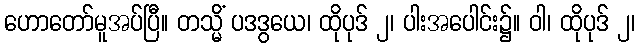
ဟောတော်မူအပ်ပြီ။ တသ္မိံ ပဒဒွယေ၊ ထိုပုဒ် ၂၊ ပါးအပေါင်း၌။ ဝါ၊ ထိုပုဒ် ၂၊